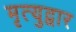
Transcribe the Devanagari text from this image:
मृत्युद्वार